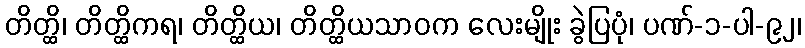
တိတ္ထိ၊ တိတ္ထိကရ၊ တိတ္ထိယ၊ တိတ္ထိယသာဝက လေးမျိုး ခွဲပြပုံ၊ ပဏ်-၁-ပါ-၉၂၊